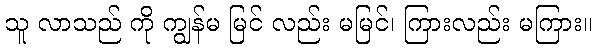
သူ လာသည် ကို ကျွန်မ မြင် လည်း မမြင်၊ ကြားလည်း မကြား။